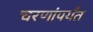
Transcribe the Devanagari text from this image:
चरणांपर्यंत